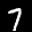
Label: 7